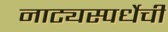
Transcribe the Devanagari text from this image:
नाट्यस्पर्धेची